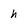
Character: h